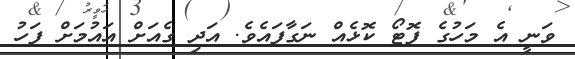
ވަނީ އެ މަހުގެ ފޮޓޯ ކޮޅެއް ނަގާފައެވެ. އަދި ގެއަށް އައުމަށް ފަހު